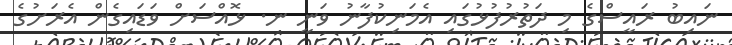
ނައިބު ރައީސްގެ މި ދަތުރުފުޅުގައި އެމަނިކުފާނު ވަނީ ނ. ޅޮއްސަށް ވަޑައިގެން އެރަށުގެ